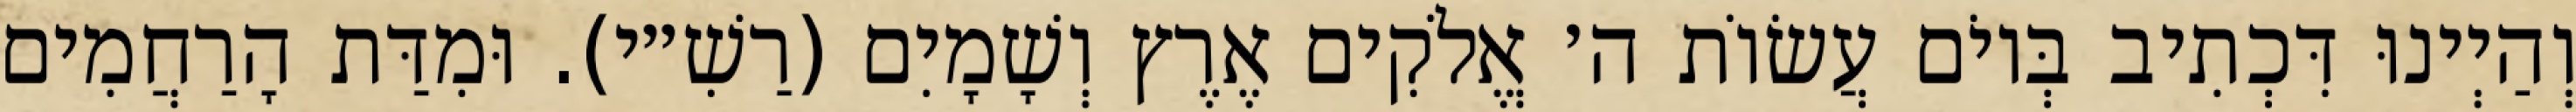
וְהַיְינוּ דִּכְתִיב בְּיוֹם עֲשׂוֹת ה׳ אֱלֹקִים אֶרֶץ וְשָׁמָיִם (רַשִׁ״י). וּמִדַּת הָרַחֲמִים